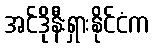
အင်ဒိုနီးရှားနိုင်ငံက